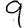
Digit: 9